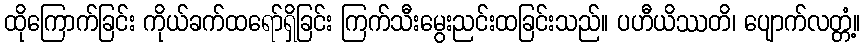
ထိုကြောက်ခြင်း ကိုယ်ခက်ထရော်ရှိခြင်း ကြက်သီးမွေးညင်းထခြင်းသည်။ ပဟီယိဿတိ၊ ပျောက်လတ္တံ့။